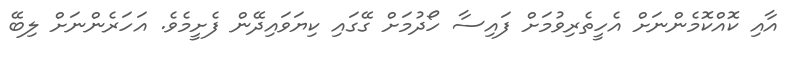
އާއި ކޮއްކޮމެންނަށް އެހީތެރިވުމަށް ފައިސާ ހޯދުމަށް ގޭގައި ކިޔަވައިދޭން ފެށީމެވެ. އަހަރެންނަށް ލިބޭ